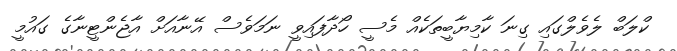
ކްލަބް ލެވެލްގައި ގިނަ ކާމިޔާބީތަކެއް މެސީ ހޯދާފައިވީ ނަމަވެސް އޭނާއަށް އާޖެންޓީނާގެ ގައުމީ